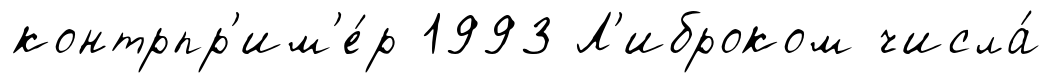
контрпр'им'е́р 1993 Л'иброком числа́